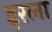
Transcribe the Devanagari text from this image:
इरला